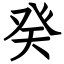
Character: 癸